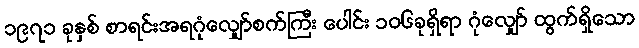
၁၉၇၁ ခုနှစ် စာရင်းအရဂုံလျှော်စက်ကြီး ပေါင်း ၁၀၆ခုရှိရာ ဂုံလျှော် ထွက်ရှိသော